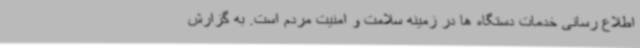
اطلاع رسانی خدمات دستگاه ها در زمینه سلامت و امنیت مردم است. به گزارش